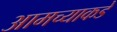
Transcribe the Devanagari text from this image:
आमच्‍याकडे